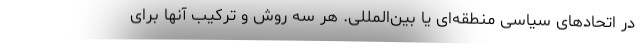
در اتحادهای سیاسی منطقه‌ای یا بین‌المللی. هر سه روش و ترکیب آنها برای